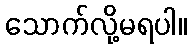
သောက်လို့မရပါ။